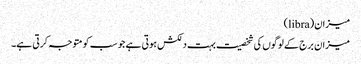
میزان(libra)
میزان برج کے لوگوں کی شخصیت بہت دلکش ہوتی ہے جو سب کو متوجہ کرتی ہے۔